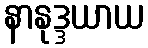
နာနုဒ္ဒယာယ